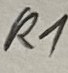
Text: R1